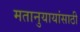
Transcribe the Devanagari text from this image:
मतानुयायांसाठी